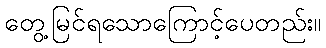
တွေ့မြင်ရသောကြောင့်ပေတည်း။